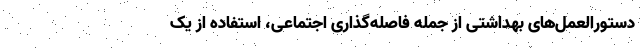
دستورالعمل‌های بهداشتی از جمله فاصله‌گذاری اجتماعی، استفاده از یک